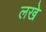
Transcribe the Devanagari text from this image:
लखे